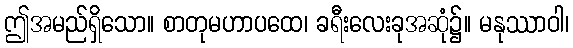
ဤအမည်ရှိသော။ စာတုမဟာပထေ၊ ခရီးလေးခုအဆုံ၌။ မနုဿာဝါ၊